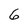
Character: 6